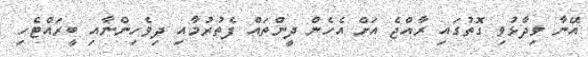
އޭނާ ވިދާޅުވި ގޮތުގައި ރާއްޖެ އަށް އެހެން ދީންތައް ފެތުރުމާއި ދިވެހިންނާއި ބީރައްޓެހި